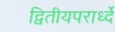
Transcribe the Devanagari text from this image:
द्वितीयपरार्ध्दे